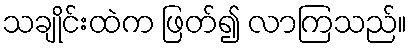
သချိုင်းထဲက ဖြတ်၍ လာကြသည်။